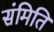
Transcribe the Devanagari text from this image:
संमिति